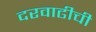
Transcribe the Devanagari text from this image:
दरवाढीची